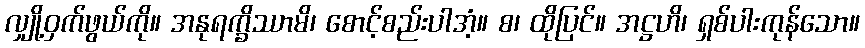
လျှို့ဝှက်ဖွယ်ကို။ အနုရက္ခိဿာမိ၊ စောင့်စည်းပါအံ့။ စ၊ ထိုပြင်။ အဋ္ဌဟိ၊ ရှစ်ပါးကုန်သော။